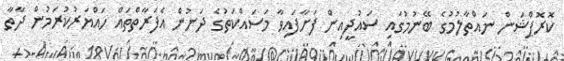
ކޮރޮޕްޝަން ނައްތާލުމުގެ ބޭނުމުގައި ސައުދީއިން ފަށާފައިވާ މަސައްކަތުގެ ދަށުން އެފަރާތްތައް ހައްޔަރުކުރަމުން ދާތާ